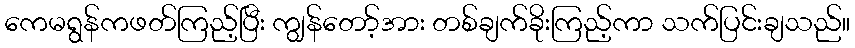
ကေမရွန်ကဖတ်ကြည့်ပြီး ကျွန်တော့်အား တစ်ချက်ခိုးကြည့်ကာ သက်ပြင်းချသည်။